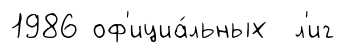
1986 оф'ициа́льных л'иг